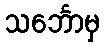
သင်္ဘောမှ